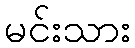
မင်းသား